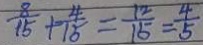
\frac { 8 } { 1 5 } + \frac { 4 } { 1 5 } = \frac { 1 2 } { 1 5 } = \frac { 4 } { 5 }